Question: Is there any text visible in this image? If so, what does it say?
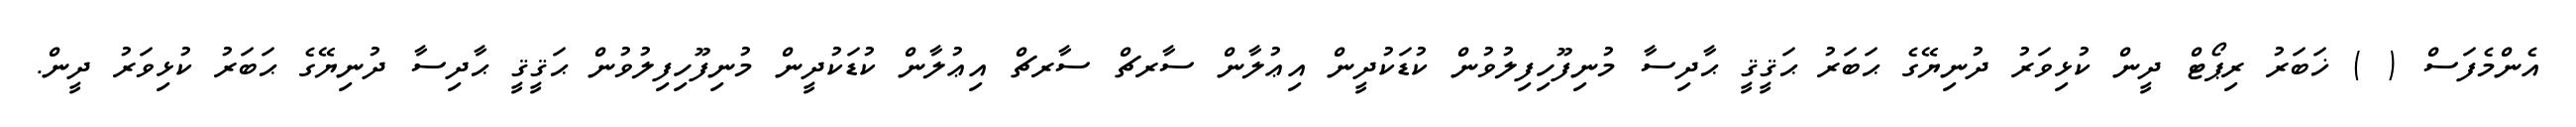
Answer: އެންމެފަސް ( ) ޚަބަރު ރިޕޯޓް ދީން ކުޅިވަރު ދުނިޔޭގެ ޙަބަރު ޙަޤީޤީ ޙާދިސާ މުނިފޫހިފިލުވުން ކުޑަކުދީން އިޢުލާން ސާރޗް ސާރޗް އިޢުލާން ކުޑަކުދީން މުނިފޫހިފިލުވުން ޙަޤީޤީ ޙާދިސާ ދުނިޔޭގެ ޙަބަރު ކުޅިވަރު ދީން.